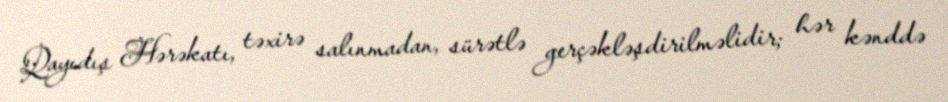
Qayıdış Hərəkatı, təxirə salınmadan, sürətlə gerçəkləşdirilməlidir; hər kənddə